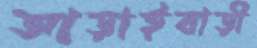
আড়াইবাড়ী